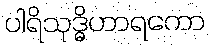
ပါရိသုဒ္ဓိဟာရကော